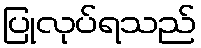
ပြုလုပ်ရသည်